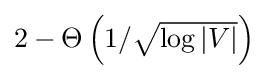
{\textstyle 2-\Theta \left(1/{\sqrt {\log |V|}}\right)}